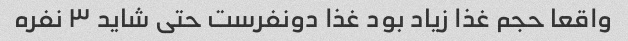
واقعا حجم غذا زیاد بود غذا دونفرست حتی شاید ۳ نفره